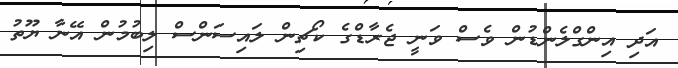
އަދި އިންގްލެންޑުން ވެސް ވަނީ ޖެރާޑްގެ ކޯޗިން ލައިސަންސް ލިބުމުން އޭނާ ޔޫތު